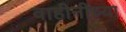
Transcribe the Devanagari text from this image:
वाहीनीच्या